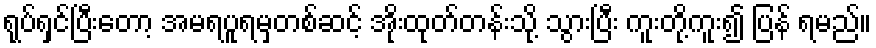
ရုပ်ရှင်ပြီးတော့ အမရပူရမှတစ်ဆင့် အိုးထုတ်တန်းသို့ သွားပြီး ကူးတို့ကူး၍ ပြန် ရမည်။